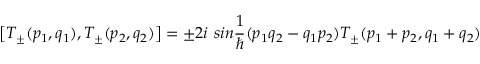
\bigl [ T _ { \pm } ( p _ { 1 } , q _ { 1 } ) , T _ { \pm } ( p _ { 2 } , q _ { 2 } ) \bigr ] = \pm 2 i \ s i n \frac { 1 } { \hbar } ( p _ { 1 } q _ { 2 } - q _ { 1 } p _ { 2 } ) T _ { \pm } ( p _ { 1 } + p _ { 2 } , q _ { 1 } + q _ { 2 } )